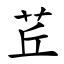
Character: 茊